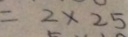
= 2 \times 2 5